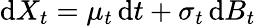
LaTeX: \mathrm{d}X_{t}=\mu_{t}\, \mathrm{d}t+\sigma_{t}\, \mathrm{d}B_{t}